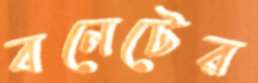
বনেটের